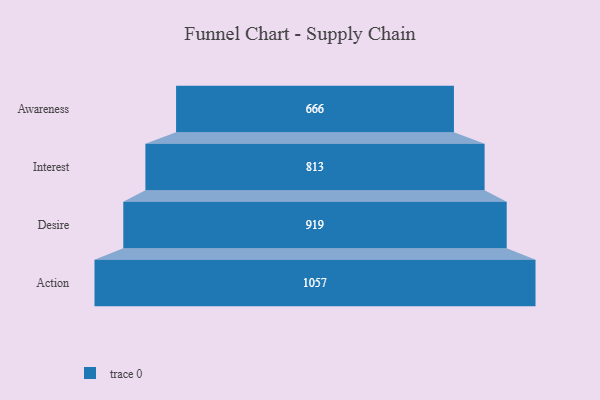
{"axis": {"x": "Stage", "y": "Value"}, "legend": [""], "data": [{"x": "Awareness", "y": 666.0, "type": ""}, {"x": "Interest", "y": 813.0, "type": ""}, {"x": "Desire", "y": 919.0, "type": ""}, {"x": "Action", "y": 1057.0, "type": ""}]}